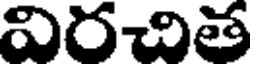
విరచిత